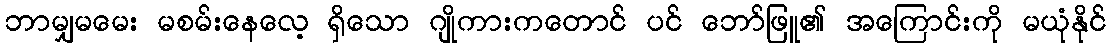
ဘာမျှမမေး မစမ်းနေလေ့ ရှိသော ဂျိုကားကတောင် ပင် ဘော်ဖြူ၏ အကြောင်းကို မယုံနိုင်